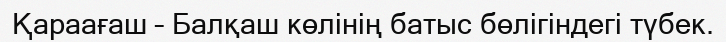
Қараағаш – Балқаш көлінің батыс бөлігіндегі түбек.